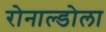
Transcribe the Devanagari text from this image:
रोनाल्डोला